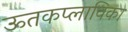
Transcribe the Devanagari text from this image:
ऊतकप्लाविका